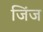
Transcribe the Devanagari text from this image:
जिंज